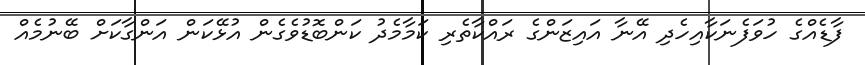
ފާޑެއްގެ ހުވަފެނަކާއިހެދި އޭނާ އައިޒަންގެ ރައްކާތެރި ކަމާމެދު ކަންބޮޑުވެގެން އުޅޭކަން އަންގާކަށް ބޭނުމެއް